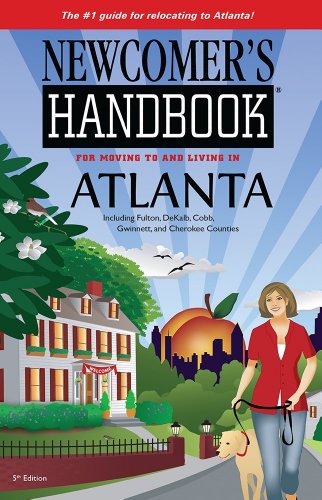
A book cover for Newcomer's Handbooks for Moving to and Living in Atlanta Including Fulton, DeKalb, Cobb, Gwinnett, and Cherokee Counties (Newcomers Handbook for Moving to and Living in Atlanta); Sarah Stewart; Travel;